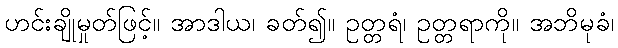
ဟင်းချိုမှုတ်ဖြင့်။ အာဒါယ၊ ခတ်၍။ ဥတ္တရံ၊ ဥတ္တရာကို။ အဘိမုခံ၊